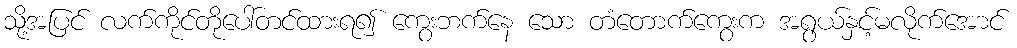
သို့အပြင် လက်ကိုင်တိုပေါ်တင်ထားရ၍ ကွေးဘက်နေ သော တံတောက်ကွေးက အရွယ်နှင့်မလိုက်အောင်